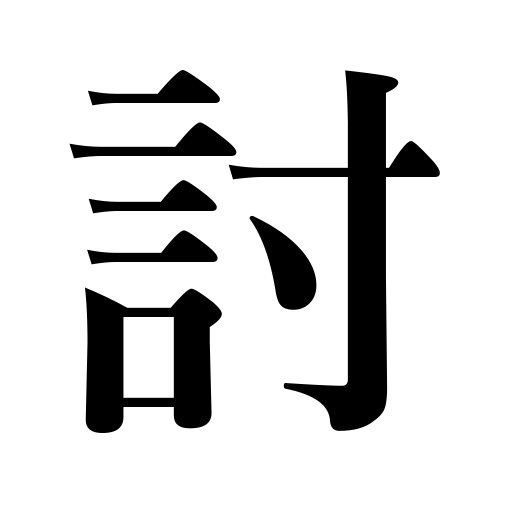
Meanings: attack,defeat,conquer,destroy